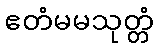
ဧတံမမသုတ္တံ